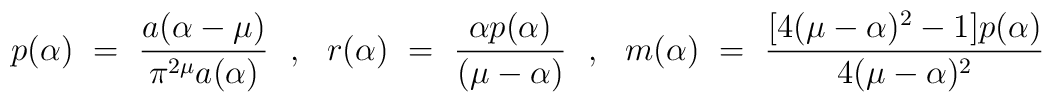
p(\alpha) ~=~ \frac{a(\alpha-\mu)}{\pi^{2\mu}a(\alpha)} ~~,~~r(\alpha) ~=~ \frac{\alpha p(\alpha)}{(\mu-\alpha)} ~~,~~m(\alpha) ~=~ \frac{[4(\mu-\alpha)^2-1] p(\alpha)}{4(\mu-\alpha)^2}